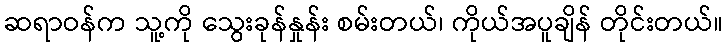
ဆရာဝန်က သူ့ကို သွေးခုန်နှုန်း စမ်းတယ်၊ ကိုယ်အပူချိန် တိုင်းတယ်။